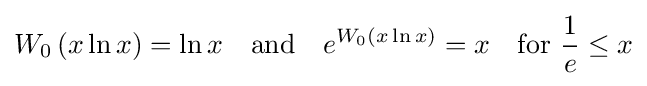
W_{0}\left(x\ln x\right)=\ln x\quad {\text{and}}\quad e^{W_{0}\left(x\ln x\right)}=x\quad {\text{for }}{\frac {1}{e}}\leq x